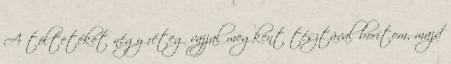
A töltetéket négy réteg vajjal megkent tésztával borítom, majd